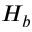
H _ { b }